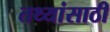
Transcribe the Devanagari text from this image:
तथ्यांसाठी